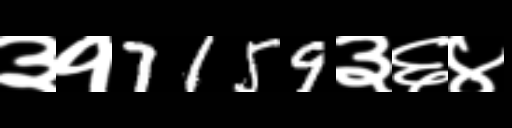
Text: ३१7159३६४